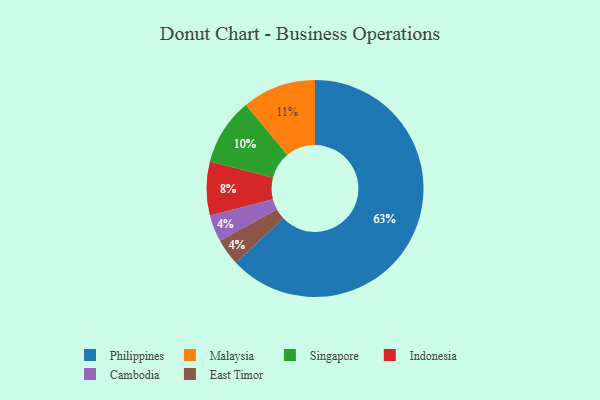
{"axis": {"x": "Category", "y": "Percentage"}, "legend": ["Cambodia", "East Timor", "Indonesia", "Malaysia", "Philippines", "Singapore"], "data": [{"x": "Cambodia", "y": 4, "type": "Cambodia"}, {"x": "East Timor", "y": 4, "type": "East Timor"}, {"x": "Singapore", "y": 10, "type": "Singapore"}, {"x": "Philippines", "y": 63, "type": "Philippines"}, {"x": "Malaysia", "y": 11, "type": "Malaysia"}, {"x": "Indonesia", "y": 8, "type": "Indonesia"}]}